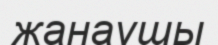
жанаушы